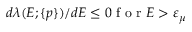
\begin{array} { r } { d \lambda ( E ; \{ p \} ) / d E \le 0 \mathrm { ~ f ~ o ~ r ~ } E > \varepsilon _ { \mu } } \end{array}